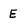
Character: E